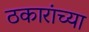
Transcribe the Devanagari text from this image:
ठकारांच्या